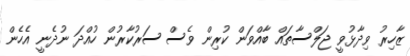
ޒާހިރު ވިދާޅުވީ ޖަލްސާތައް ބާއްވަން ކުރިން ވެސް ސަރުކާރުން ހުއްދަ ނުދެނީ އެހެން